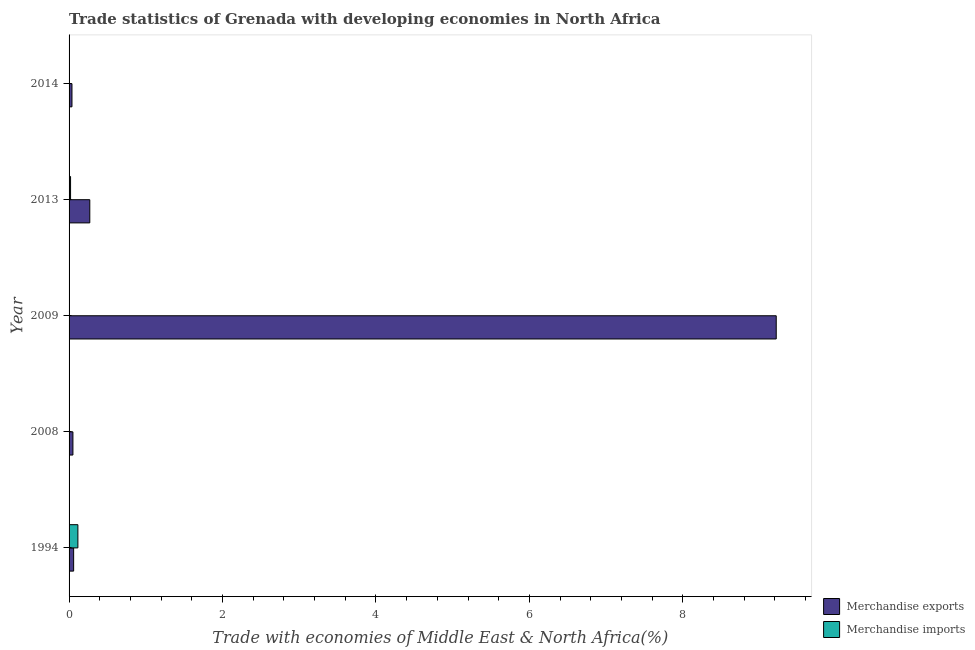
| Year | Merchandise exports | Merchandise imports |
 | --- | --- | --- |
 | 1994 | 0.0595 | 0.115 |
 | 2008 | 0.0502 | 0.000442 |
 | 2009 | 9.22 | 0.00378 |
 | 2013 | 0.27 | 0.0194 |
 | 2014 | 0.0378 | 0.00364 |